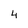
Character: 4